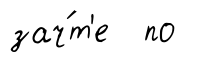
зач́т'е по